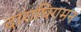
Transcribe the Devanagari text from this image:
दाराघिगमन